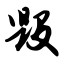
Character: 毁